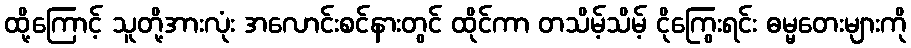
ထို့ကြောင့် သူတို့အားလုံး အလောင်းစင်နားတွင် ထိုင်ကာ တသိမ့်သိမ့် ငိုကြွေးရင်း ဓမ္မတေးများကို